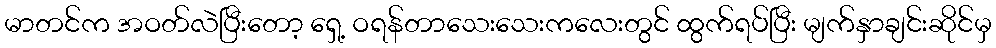
မာတင်က အဝတ်လဲပြီးတော့ ရှေ့ ဝရန်တာသေးသေးကလေးတွင် ထွက်ရပ်ပြီး မျက်နှာချင်းဆိုင်မှ